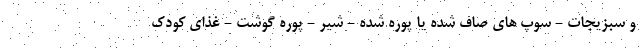
و سبزیجات - سوپ های صاف شده یا پوره شده - شیر - پوره گوشت - غذای کودک